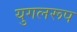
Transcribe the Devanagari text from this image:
युगलरूप